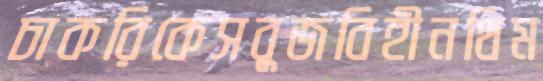
চাকরিকেসবুজবিহীনথিম